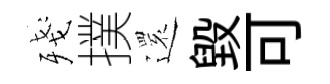
殘撲𮟃毁可